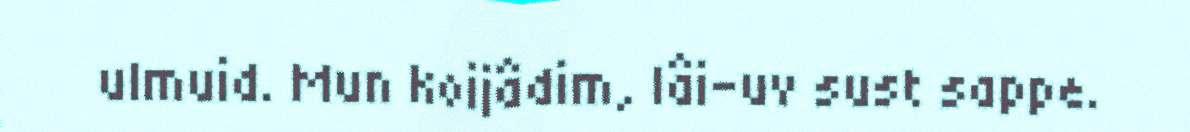
ulmuid. Mun koijâdim, lâi-uv sust sappe.